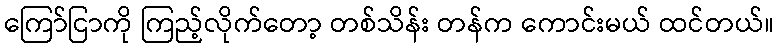
ကြော်ငြာကို ကြည့်လိုက်တော့ တစ်သိန်း တန်က ကောင်းမယ် ထင်တယ်။